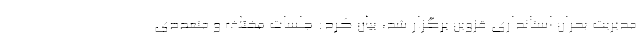
مدیریت بحران استانداری قزوین برگزار شد، بیان کرد: جلسات مختلف و متعددی